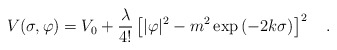
\begin{align*}V(\sigma,\varphi) = V_0 + {\lambda \over 4!} \left[ |\varphi|^2 -m^2 \exp\left(- 2 k \sigma\right)\right]^2~~~.\end{align*}